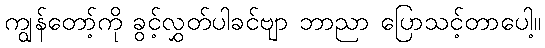
ကျွန်တော့်ကို ခွင့်လွှတ်ပါခင်ဗျာ ဘာညာ ပြောသင့်တာပေါ့။